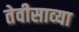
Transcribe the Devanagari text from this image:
तेवीसाव्‍या